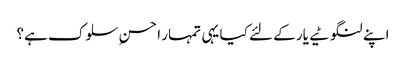
اپنے لنگوٹیے یار کے لئے کیا یہی تمہار ا حسنِ سلوک ہے؟